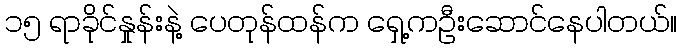
၁၅ ရာခိုင်နှုန်းနဲ့ ပေတုန်ထန်က ရှေ့ကဦးဆောင်နေပါတယ်။